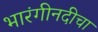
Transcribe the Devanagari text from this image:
भारंगीनदीचा